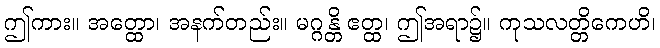
ဤကား။ အတ္ထော၊ အနက်တည်း။ မဂ္ဂန္တိ ဧတ္ထ၊ ဤအရာ၌။ ကုသလတ္တိကေဟိ၊